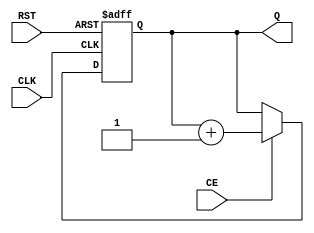
module dynamic_asynchronous_counter (
    input wire CE,      // Count Enable
    input wire RST,     // Reset
    input wire CLK,     // Clock
    output reg [N-1:0] Q // Count Output
);
    parameter N = 4; // Number of bits for the counter

    // Asynchronous Reset and Count Enable logic
    always @(posedge CLK or posedge RST) begin
        if (RST) begin
            Q <= 0; // Reset the counter to zero
        end else if (CE) begin
            Q <= Q + 1; // Increment the counter
        end
    end

endmodule